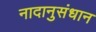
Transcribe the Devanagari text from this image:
नादानुसंधान